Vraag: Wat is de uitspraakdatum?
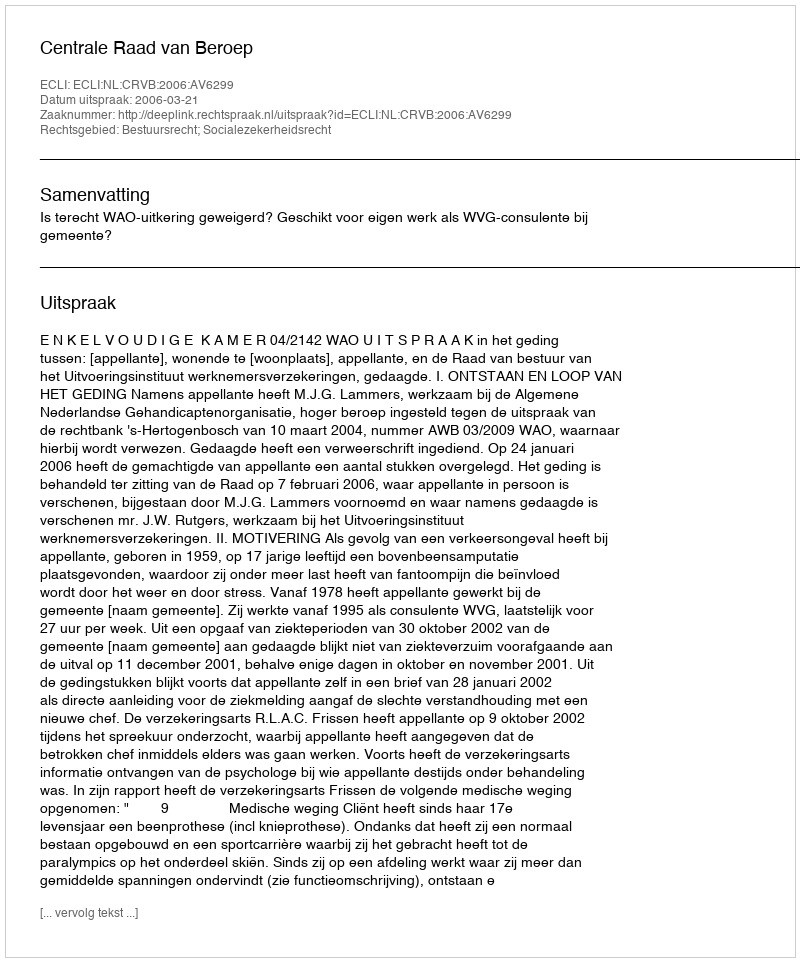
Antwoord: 2006-03-21